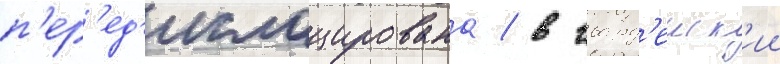
п'ер'ед'ислоцирована / в гвард'еиск'ии